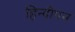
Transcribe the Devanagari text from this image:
हिन्दीपन